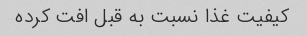
کیفیت غذا نسبت به قبل افت کرده